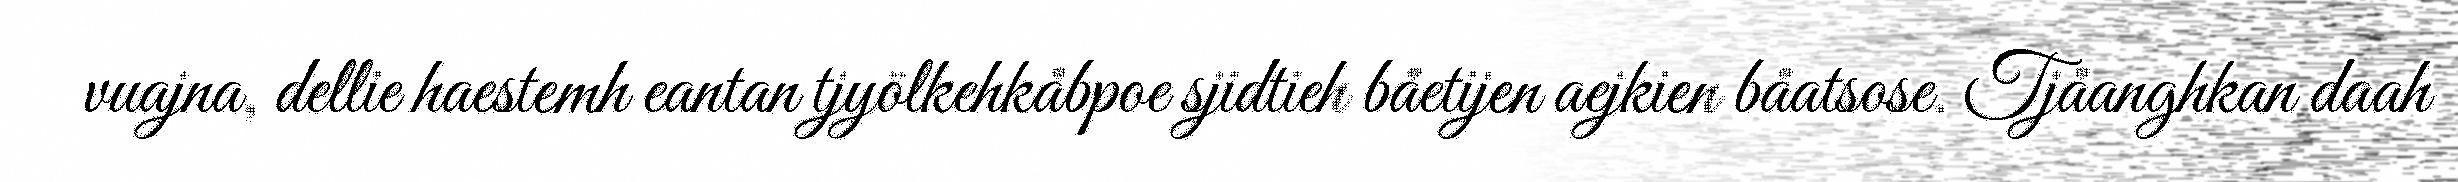
vuajna, dellie haestemh eantan tjyölkehkåbpoe sjidtieh båetijen aejkien båatsose. Tjåanghkan daah